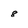
Character: 8